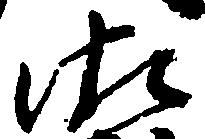
御